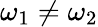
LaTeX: \omega_{1}\neq\omega_{2}